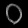
Digit: ၀